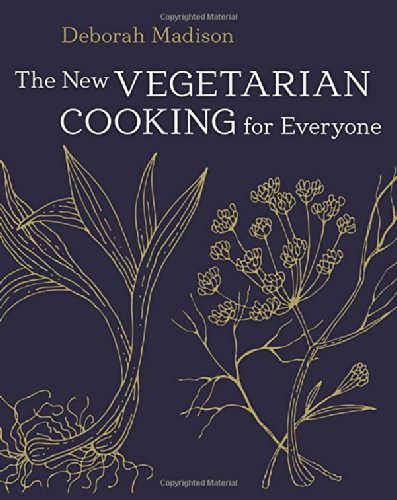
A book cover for The New Vegetarian Cooking for Everyone; Deborah Madison; Cookbooks, Food & Wine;